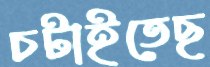
চটাইতেছ